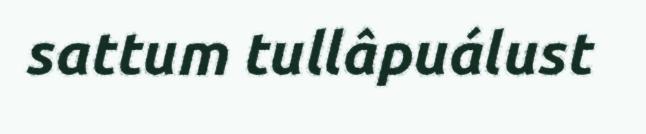
sattum tullâpuálust